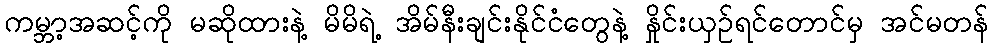
ကမ္ဘာ့အဆင့်ကို မဆိုထားနဲ့ မိမိရဲ့ အိမ်နီးချင်းနိုင်ငံတွေနဲ့ နှိုင်းယှဉ်ရင်တောင်မှ အင်မတန်